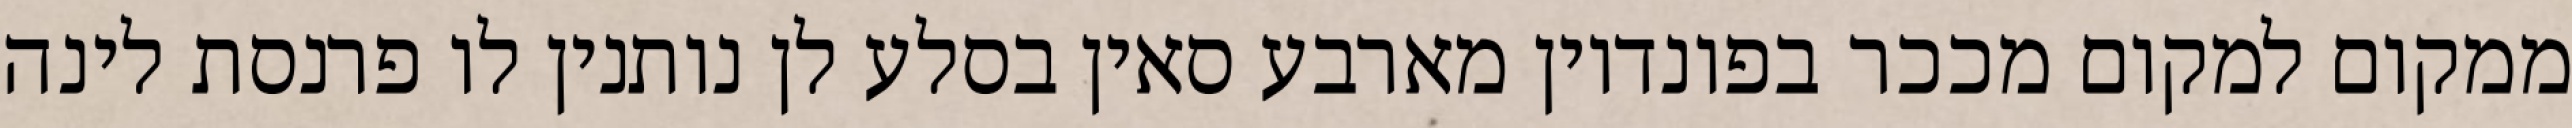
ממקום למקום מככר בפונדיון מארבע סאין בסלע לן נותנין לו פרנסת לינה